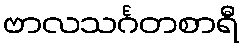
ဗာလသင်္ဂတစာရီ